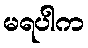
မရပါက